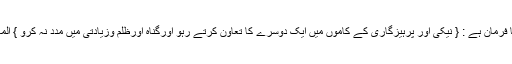
اللہ تعالی کا فرمان ہے : { نیکی اور پرہيزگاری کے کاموں میں ایک دوسرے کا تعاون کرتے رہو اورگناہ اورظلم وزيادتی میں مدد نہ کرو } المائدۃ ( 2 ) ۔